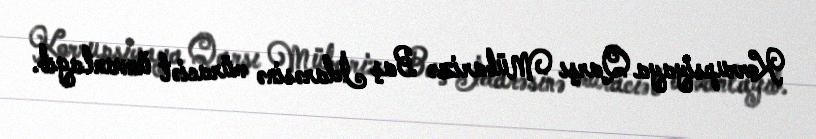
Korrupsiyaya Qarşı Mübarizə Baş İdarəsinə müraciət ünvanlayıb.